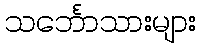
သင်္ဘောသားများ